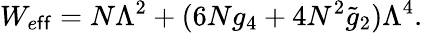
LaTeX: W_{e\mathsf{f}\mathsf{f}}=N\Lambda^{2}+(6Ng_{4}+4N^{2}\widetilde{{g}}_{2})\Lambda^{4}.